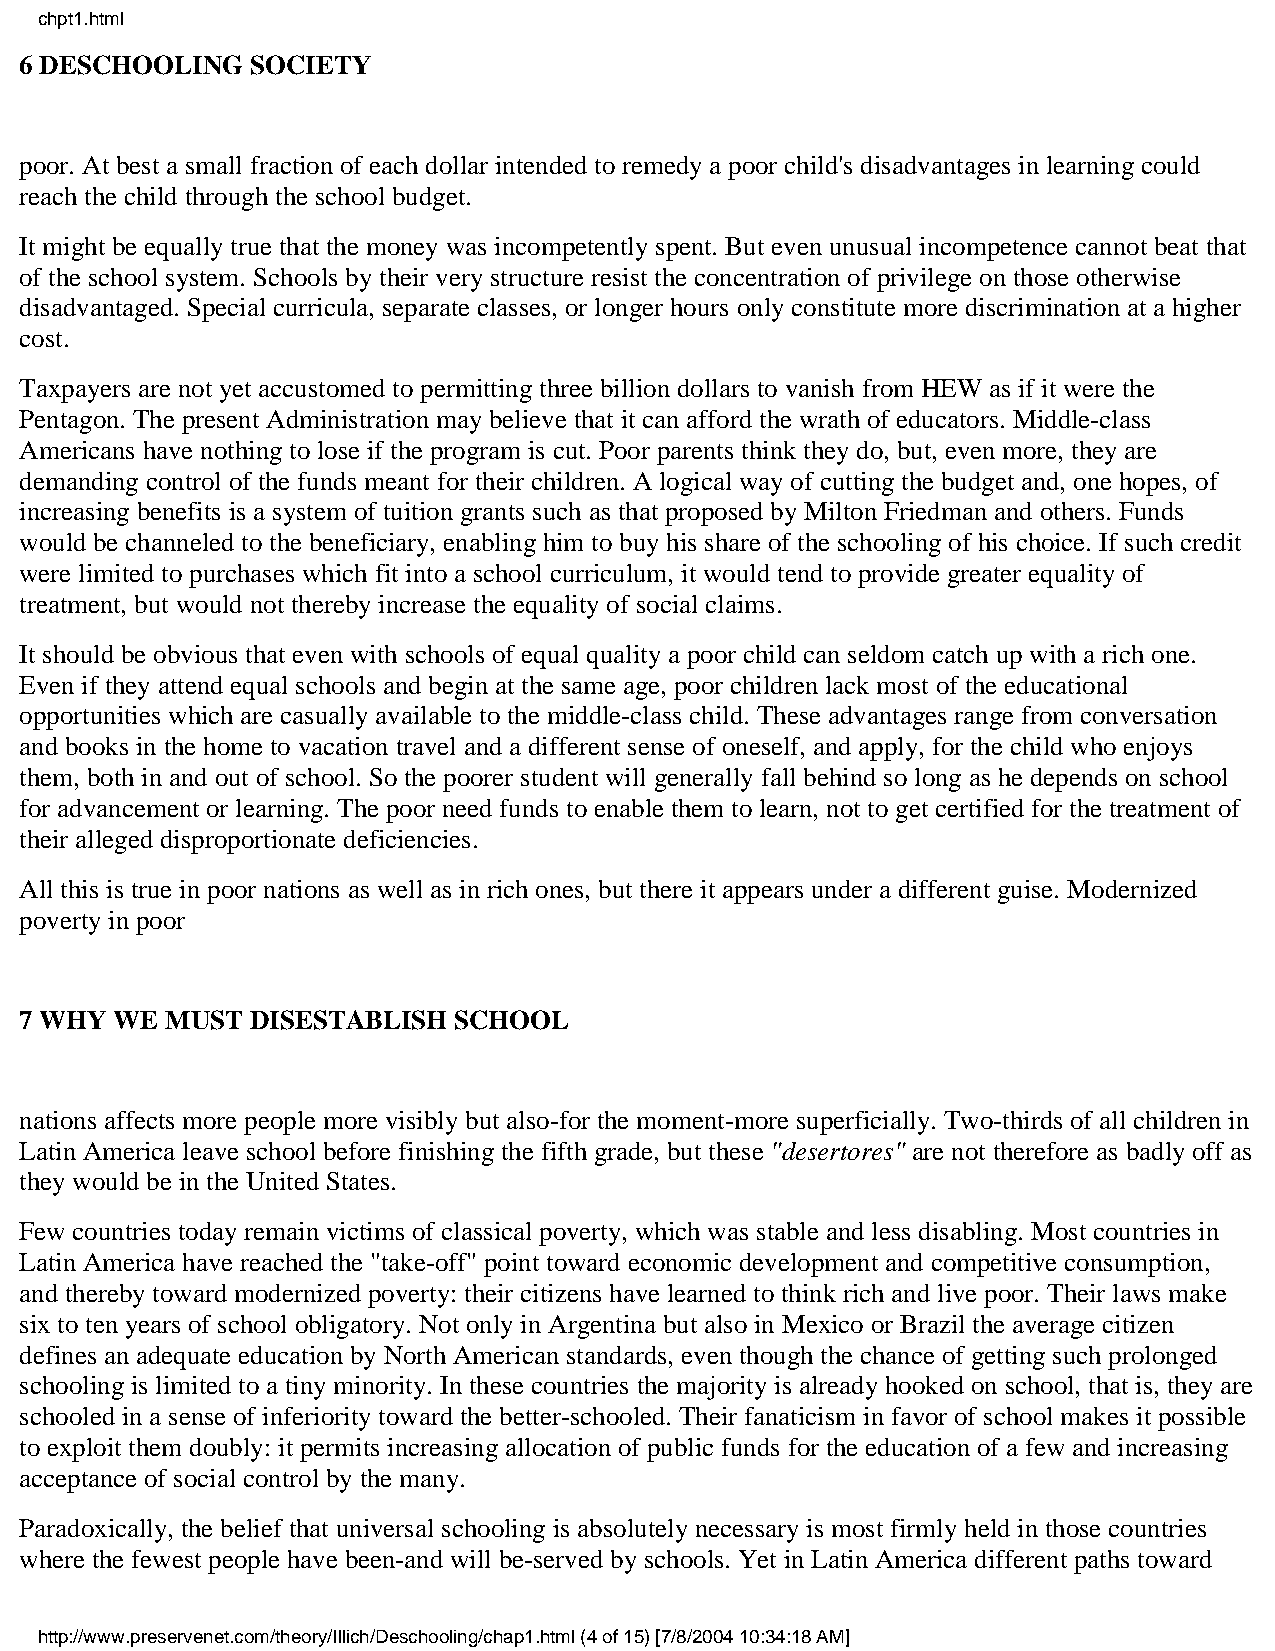
chpt1.html
 6 DESCHOOLING   SOCIETY
 poor. At best a small fraction of each dollar intended to remedy a poor child's disadvantages in learning could
 reach the child through the school budget.
 It might be equally true that the money was incompetently spent. But even unusual incompetence cannot beat that
 of the school system. Schools by their very structure resist the concentration of privilege on those otherwise
 disadvantaged. Special curricula, separate classes, or longer hours only constitute more discrimination at a higher
 cost.
 Taxpayers are not yet accustomed to permitting three billion dollars to vanish from HEW as if it were the
 Pentagon. The present Administration may believe that it can afford the wrath of educators. Middle-class
 Americans have nothing to lose if the program is cut. Poor parents think they do, but, even more, they are
 demanding control of the funds meant for their children. A logical way of cutting the budget and, one hopes, of
 increasing benefits is a system of tuition grants such as that proposed by Milton Friedman and others. Funds
 would be channeled to the beneficiary, enabling him to buy his share of the schooling of his choice. If such credit
 were limited to purchases which fit into a school curriculum, it would tend to provide greater equality of
 treatment, but would not thereby increase the equality of social claims.
 It should be obvious that even with schools of equal quality a poor child can seldom catch up with a rich one.
 Even if they attend equal schools and begin at the same age, poor children lack most of the educational
 opportunities which are casually available to the middle-class child. These advantages range from conversation
 and books in the home to vacation travel and a different sense of oneself, and apply, for the child who enjoys
 them, both in and out of school. So the poorer student will generally fall behind so long as he depends on school
 for advancement or learning. The poor need funds to enable them to learn, not to get certified for the treatment of
 their alleged disproportionate deficiencies.
 All this is true in poor nations as well as in rich ones, but there it appears under a different guise. Modernized
 poverty in poor
 7 WHY  WE MUST  DISESTABLISH SCHOOL
 nations affects more people more visibly but also-for the moment-more superficially. Two-thirds of all children in
 Latin America leave school before finishing the fifth grade, but these "desertores" are not therefore as badly off as
 they would be in the United States.
 Few countries today remain victims of classical poverty, which was stable and less disabling. Most countries in
 Latin America have reached the "take-off" point toward economic development and competitive consumption,
 and thereby toward modernized poverty: their citizens have learned to think rich and live poor. Their laws make
 six to ten years of school obligatory. Not only in Argentina but also in Mexico or Brazil the average citizen
 defines an adequate education by North American standards, even though the chance of getting such prolonged
 schooling is limited to a tiny minority. In these countries the majority is already hooked on school, that is, they are
 schooled in a sense of inferiority toward the better-schooled. Their fanaticism in favor of school makes it possible
 to exploit them doubly: it permits increasing allocation of public funds for the education of a few and increasing
 acceptance of social control by the many.
 Paradoxically, the belief that universal schooling is absolutely necessary is most firmly held in those countries
 where the fewest people have been-and will be-served by schools. Yet in Latin America different paths toward
 http://www.preservenet.com/theory/Illich/Deschooling/chap1.html (4 of 15) [7/8/2004 10:34:18 AM]